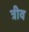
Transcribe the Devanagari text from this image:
त्रीव